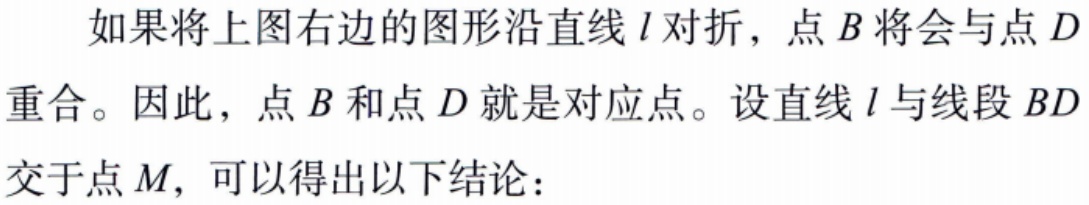
如果将上图右边的图形沿直线\(l\)对折，点\(B\)将会与点\(D\)重合。因此，点\(B\)和点\(D\)就是对应点。设直线\(l\)与线段\(BD\)交于点\(M\)，可以得出以下结论：